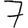
Digit: 7